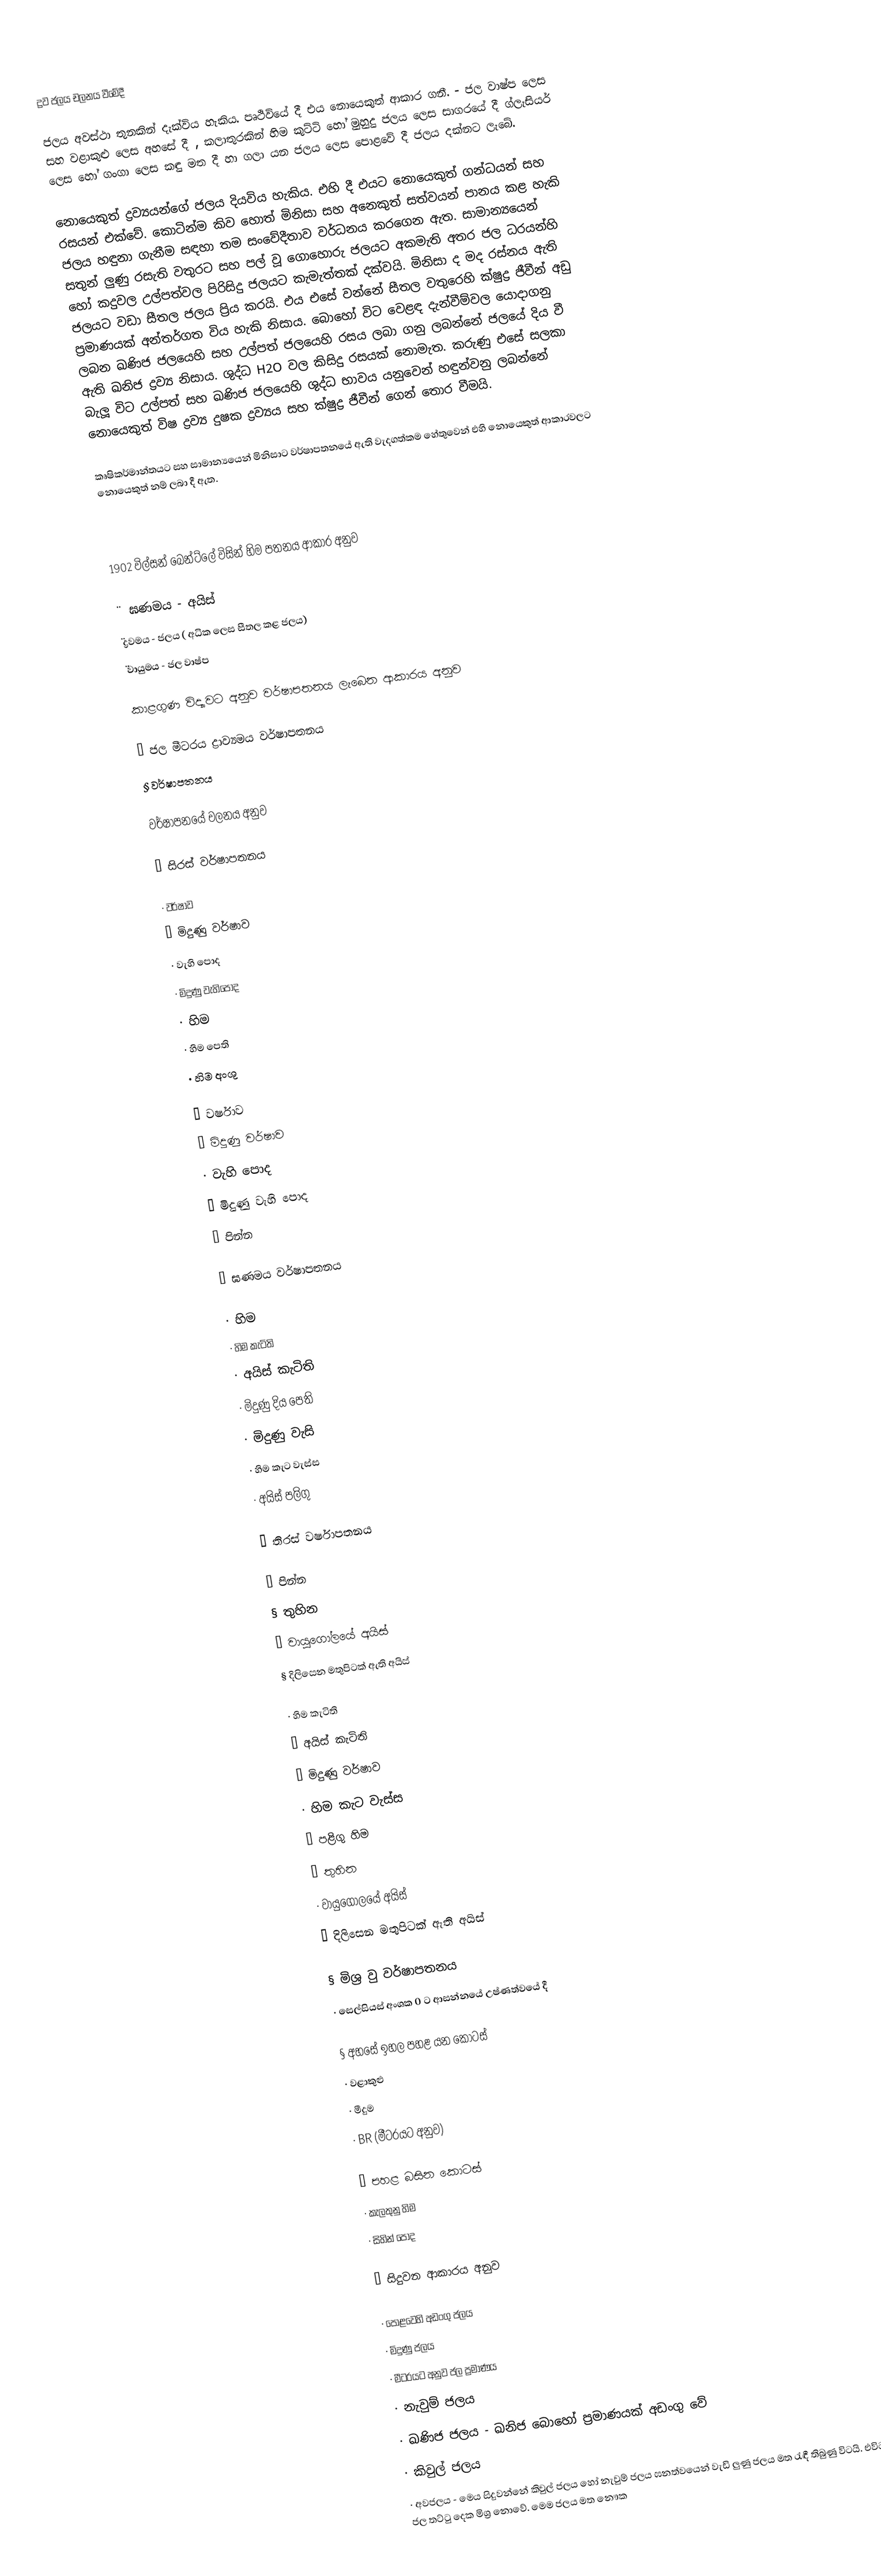
ද්‍රව ජලය චලනය වීමේදී

ජලය අවස්ථා තුනකින්  දැක්විය හැකිය. පෘථිවියේ දී එය නොයෙකුත් ආකාර ගනී. - ජල වාෂ්ප ලෙස  සහ වළාකුළු ලෙස අහසේ දී  ,  කලාතුරකින්  හිම කුට්ටි හෝ මුහුදු ජලය ලෙස සාගරයේ දී ග්ලැසියර් ලෙස හෝ ගංගා ලෙස කඳු මත දී හා ගලා යන ජලය ලෙස පොළවේ දී ‍ජලය දක්නට ලැබේ.

නොයෙකුත් ද්‍රව්‍යයන්ගේ ජලය දියවිය හැකිය.  එහි දී එයට නොයෙකුත් ගන්ධයන් සහ රසයන් එක්වේ. කොටින්ම කිව හොත් මිනිසා සහ අනෙකුත් සත්වයන් පානය කළ හැකි ජලය හඳුනා ගැනීම සඳහා තම සංවේදීතාව වර්ධනය කරගෙන ඇත.  සාමාන්‍යයෙන් සතුන් ලුණු රසැති වතුරට සහ පල් වූ ගොහොරු ජලයට  අකමැති අතර    ජල ධරයන්හි  හෝ කදුවල උල්පත්වල පිරිසිදු ජලයට කැමැත්තක් දක්වයි. මිනිසා ද  මද රස්නය ඇති  ජලයට වඩා  සීතල ජලය ප්‍රිය කරයි. එය එසේ වන්නේ සීතල වතුරෙහි ක්ෂුද්‍ර ජීවීන් අඩු ප්‍රමාණයක් අන්තර්ගත විය හැකි නිසාය.  බොහෝ විට වෙළඳ දැන්වීම්වල යොදාගනු ලබන  ඛණිජ ජලයෙහි සහ උල්පත් ජලයෙහි රසය ලබා ගනු ලබන්නේ ජලයේ දිය වී ඇති ඛනිජ ද්‍රව්‍ය නිසාය. ශුද්ධ   H2O  වල කිසිදු රසයක් නොමැත. කරුණු එසේ සලකා බැලූ විට උල්පත්  සහ ඛණිජ ජලයෙහි ශුද්ධ භාවය යනුවෙන් හඳුන්වනු  ලබන්නේ  නොයෙකුත් විෂ ද්‍රව්‍ය දුෂක ද්‍රව්‍යය සහ ක්ෂුද්‍ර ජීවීන් ගෙන් තොර වීමයි.

කෘෂිකර්මාන්තයට  සහ සාමාන්‍යයෙන් මිනිසාට වර්ෂාපතනයේ ඇති වැදගත්කම හේතුවෙන් එහි නොයෙකුත් ආකාරවලට නොයෙකුත් නම් ලබා දී ඇත.

1902 විල්සන් බෙන්ට්ලේ විසින් හිම පතනය ආකාර අනුව

¨	ඝණමය - අයිස්
¨	ද්‍රවමය -	ජලය ( අධික ලෙස සීතල කළ ජලය)
¨	වායුමය   -	ජල වාෂ්ප

කාළගුණ විද්‍යාවට අනුව					වර්ෂාපතනය ලැබෙන ආකාරය අනුව

¨	ජල මීටරය						ද්‍රාව්‍යමය වර්ෂාපතනය
§	වර්ෂාපතනය

වර්ෂාපනයේ චලනය අනුව

§	සිරස් වර්ෂාපතනය

·	වර්ෂාව
·	මිදුණු වර්ෂාව
·	වැහි ‍පොද
·	මිදුණු වැහිපොද
·	හිම
·	හිම පෙති
·	හිම අංශු

·	වර්ෂාව
·	මිදුණු වර්ෂාව
·	වැහි පොද
·	මිදුණු වැහි පොද
·	පින්න

§	ඝණමය වර්ෂාපතනය

·	හිම
·	හිම කැටිති
·	අයිස් කැටිති
·	මිදුණු දිය පෙති
·	මිදුණු වැසි
·	හිම කැට වැස්ස
·	අයිස් පලිගු

§	තිරස් වර්ෂාපතනය

§	පින්න
§	තුහින
§	වායුගෝලයේ අයිස්
§	දිලිසෙන මතුපිටක් ඇති අයිස්

·	හිම කැටිති
·	අයිස් කැටිති
·	මිදුණු වර්ෂාව
·	හිම කැට වැස්ස
·	පළිගු හිම
·	තුහින
·	වායුගෝලයේ අයිස්
·	දිලිසෙන මතුපිටක් ඇති අයිස්

§	මිශ්‍ර වු වර්ෂාපතනය
·	සෙල්සියස් අංශක 0 ට ආසන්නයේ උෂ්ණත්වයේ දී

§	අහසේ ඉහල පහළ යන කොටස්
·	වළාකුළු
·	මීදුම
·	BR (මීටරයට අනුව)

§	පහළ බසින කොටස්
·	කැලතුනු හිම
·	සිහින් පොද

§	සිදුවන ආකාරය අනුව

·	පොළවෙහි අඩංගු ජලය
·	මිදුණු ජලය
·	මීටරයට අනුව ජල ප්‍රමාණය
·	නැවුම් ජලය
·	ඛණිජ ජලය - ඛනිජ බොහෝ ප්‍රමාණයක් අඩංගු වේ
·	කිවුල් ජලය
·	අවජලය - මෙය සිදුවන්නේ කිවුල් ජලය හෝ නැවුම් ජලය ඝනත්වයෙන් වැඩි ලුණු ජලය මත රැඳී තිබුණු විටයි. එවිට මෙම ජල තට්ටු දෙක ‍මිශ්‍ර නොවේ.  මෙම ජලය මත නෞක